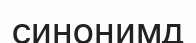
синонимд